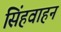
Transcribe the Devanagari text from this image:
सिंहवाहन